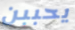
يحببن